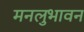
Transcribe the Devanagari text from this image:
मनलुभावन